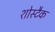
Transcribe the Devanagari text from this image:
शोस्टैक